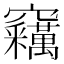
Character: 𱷢